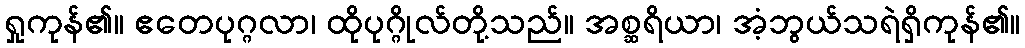
ရှုကုန်၏။ ဧတေပုဂ္ဂလာ၊ ထိုပုဂ္ဂိုလ်တို့သည်။ အစ္ဆရိယာ၊ အံ့ဘွယ်သရဲရှိကုန်၏။